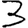
Digit: 3